Vaccination United Provinces of Agra and Oudh 1902-1913 - 1902-1913
Year: 1902
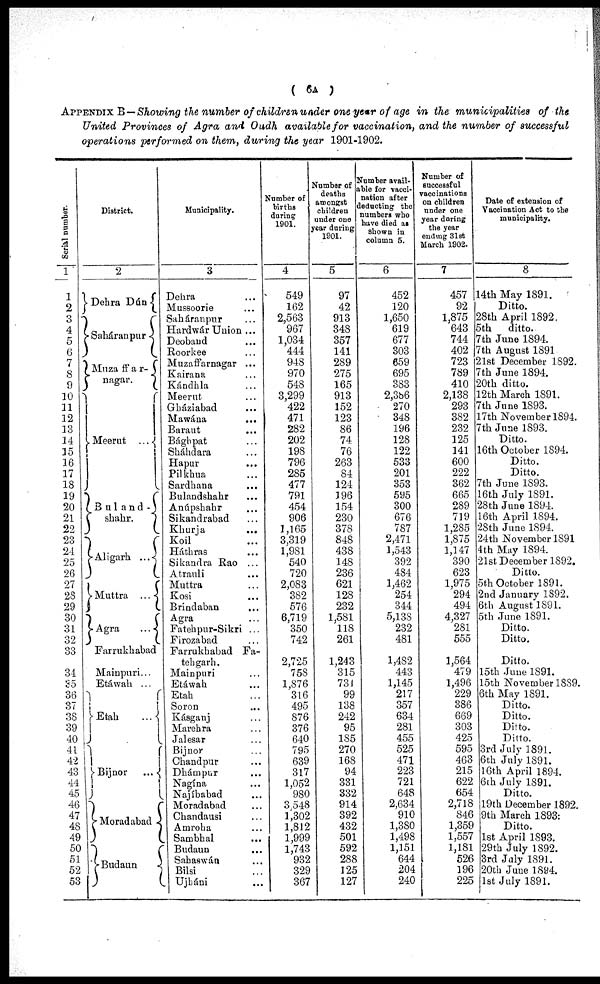
( 6A )
APPENDIX B — Showing the number of children under one year of age in the municipalities of the
United Provinces of Agra and Oudh available for vaccination, and the number of successful
operations performed on them, during the year 1901-1902.
Serial number.
1
1
2
3
4
5
6
7
8
9
10
11
12
13
14
15
16
17
18
19
20
21
22
23
24
25
26
27
28
29
30
31
32
33
34
35
36
37
38
39
40
41
42
43
44
45
46
47
48
49
50
51
52
53
District.
2
Dehra Dún
Saháranpur
Muzaffar-
nagar.
Meerut
...
Buland-
shahr.
Aligarh
...
Muttra
...
Agra
...
Farrukhabad
Mainpuri...
Etáwah. ...
Etah
...
Bijnor
...
Moradabad
Budaun
Municipality.
3
Dehra ...
Mussoorie ...
Saháranpur ...
Hardwár Union ...
Deoband ...
Roorkee ...
Muzaffarnagar ...
Kairana ...
Kándhla ...
Meerut ...
Gháziabad ...
Mawána ...
Baraut ...
Bághpat ...
Sháhdara ...
Hapur ...
Pilkhua ...
Sardhana ...
Bulandshahr ...
Anúpshahr ...
Sikandrabad ...
Khurja
...
Koil ...
Háthras ...
Sikandra Rao ...
Atrauli ...
Muttra ...
Kosi ...
Brindaban ...
Agra ...
Fatehpur-Sikri ...
Firozabad ...
Farrukhabad Fa-
tehgarh.
Mainpuri ...
Etáwah ...
Etah ...
Soron ...
Kásganj ...
Marehra ...
Jalesar ...
Bijnor ...
Chandpur ...
Dhámpur ...
Nagína ...
Najíbabad ...
Moradabad ...
Chandausi ...
Amroha ...
Sambhal ...
Budaun ...
Sahaswán ...
Bilsi ...
Ujháni ...
Number of
births
during
1901.
4
549
162
2,563
967
1,034
444
948
970
548
3,299
422
471
282
202
198
796
285
477
791
454
906
1,165
3,319
1,981
540
720
2,083
382
576
6,719
350
742
2,725
758
1,876
316
495
876
376
640
795
639
317
1,052
980
3,548
1,302
1,812
1,999
1,743
932
329
367
Number of
deaths
amongst
children
under one
year during
1901.
5
97
42
913
348
357
141
289
275
165
913
152
123
86
74
76
263
84
124
196
154
230
378
848
438
148
236
621
128
232
1,581
118
261
1,243
315
731
99
138
242
95
185
270
168
94
331
332
914
392
432
501
592
288
125
127
Number avail-
able for vacci-
nation after
deducting the
numbers who
have died as
shown in
column 5.
6
452
120
1,650
619
677
303
659
695
383
2,386
270
348
196
128
122
533
201
353
595
300
676
787
2,471
1,543
392
484
1,462
254
344
5,138
232
481
1,482
443
1,145
217
357
634
281
455
525
471
223
721
648
2,634
910
1,380
1,498
1,151
644
204
240
Number of
successful
vaccinations
on children
under one
year during
the year
ending 31st
March 1902.
7
457
92
1,875
643
744
402
723
789
410
2,138
293
382
232
125
141
600
222
362
665
289
719
1,285
1,875
1,147
390
623
1,975
294
494
4,327
281
555
1,564
479
1,496
229
386
669
303
425
595
463
215
622
654
2,718
846
1,359
1,557
1,181
526
196
225
Date of extension of
Vaccination Act to the
municipality.
8
14th May 1891.
Ditto.
28th April 1892.
5th
ditto.
7th June 1894.
7th August 1891
21st December 1892.
7th June 1894.
20th ditto.
12th March 1891.
7th June 1893.
17th November 1894.
7th June 1893.
Ditto.
16th October 1894.
Ditto.
Ditto.
7th June 1893.
16th July 1891.
28th June 1894.
16th April 1894.
28th June 1894.
24th November 1891
4th May 1894.
21st December 1892.
Ditto.
5th October 1891.
2nd January 1892.
6th August 1891.
5th June 1891.
Ditto.
Ditto.
Ditto.
15th June 1891.
15th November 1889.
6th May 1891.
Ditto.
Ditto.
Ditto.
Ditto.
3rd July 1891.
6th July 1891.
16th April 1894.
6th July 1891.
Ditto.
19th December 1892.
9th March 1893.
Ditto.
1st April 1893.
29th July 1892.
3rd July 1891.
20th June 1894.
1st July 1891.